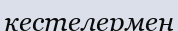
кестелермен